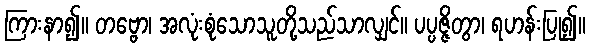
ကြားနာ၍။ တဗ္ဗော၊ အလုံးစုံသောသူတို့သည်သာလျှင်။ ပပ္ပဇ္ဇိတွာ၊ ရဟန်းပြု၍။